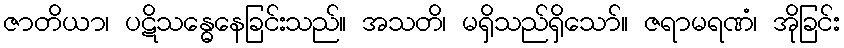
ဇာတိယာ၊ ပဋိသန္ဓေနေခြင်းသည်။ အသတိ၊ မရှိသည်ရှိသော်။ ဇရာမရဏံ၊ အိုခြင်း